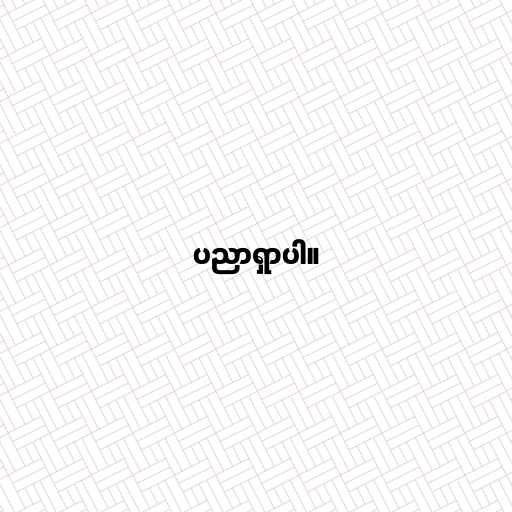
ပညာရှာပါ။